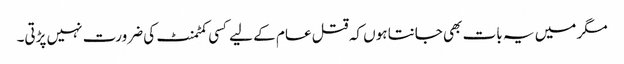
مگر میں یہ بات بھی جانتا ہوں کہ قتل عام کے لیے کسی کمٹمنٹ کی ضرورت نہیں پڑتی۔